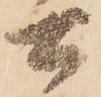
土